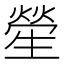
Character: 𤯵